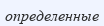
определенные